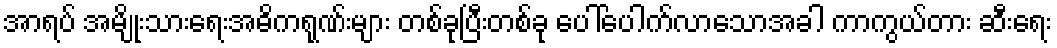
အာရပ် အမျိုးသားရေးအဓိကရုဏ်းများ တစ်ခုပြီးတစ်ခု ပေါ်ပေါက်လာသောအခါ ကာကွယ်တား ဆီးရေး